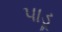
પાડૂ